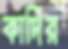
কার্দির